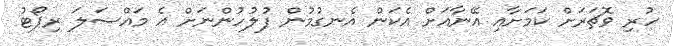
ހުރި ވޮޗަރަށް ކަމަށާއި އޭނާއަށް އެކަން އެނގުމުން ފުލުހުންނަށް އެ މައްސަލަ ރިޕޯޓު